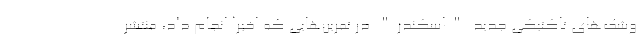
وشک‌های تاکتیکی جدید "اسکندر" در تمرین‌هایی که اخیراً انجام داد، منتشر